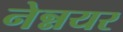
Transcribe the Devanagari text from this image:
नेन्नयर